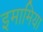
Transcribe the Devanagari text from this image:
इमामिया